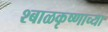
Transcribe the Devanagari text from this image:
श्बाळकृष्णाच्या